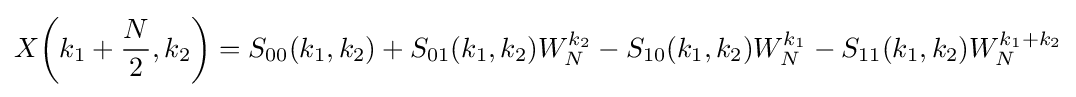
X{\biggl (}k_{1}+{\frac {N}{2}},k_{2}{\biggr )}=S_{00}(k_{1},k_{2})+S_{01}(k_{1},k_{2})W_{N}^{k_{2}}-S_{10}(k_{1},k_{2})W_{N}^{k_{1}}-S_{11}(k_{1},k_{2})W_{N}^{k_{1}+k_{2}}